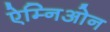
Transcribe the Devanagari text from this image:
ऐम्निओन